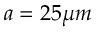
a = 2 5 \mu m